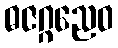
ဓဇဂ္ဂညေဝ